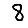
Digit: 8